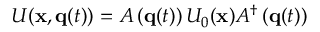
U ( { \bf x } , { \bf q } ( t ) ) = A \left( { \bf q } ( t ) \right) U _ { 0 } ( { \bf x } ) A ^ { \dagger } \left( { \bf q } ( t ) \right)